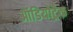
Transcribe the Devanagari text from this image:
ऑडियोट्रैक